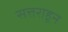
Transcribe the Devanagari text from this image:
सत्तराहून